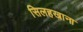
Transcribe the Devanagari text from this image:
सिलहखाना